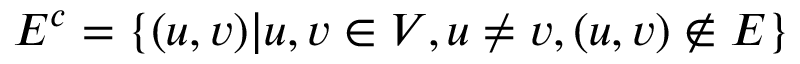
E ^ { c } = \{ ( u , v ) | u , v \in V , u \neq v , ( u , v ) \not \in E \}